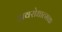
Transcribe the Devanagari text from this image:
अवरोधात्मक